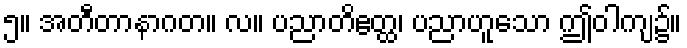
၅။ အတီတာနာဂတ။ လ။ ပညာတိဧတ္ထ၊ ပညာဟူသော ဤဝါကျ၌။